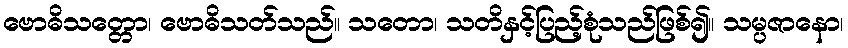
ဗောဓိသတ္တော၊ ဗောဓိသတ်သည်။ သတော၊ သတိနှင့်ပြည့်စုံသည်ဖြစ်၍။ သမ္ပဇာနော၊